Report of the Imperial Institute of Veterinary Research, Muktesar
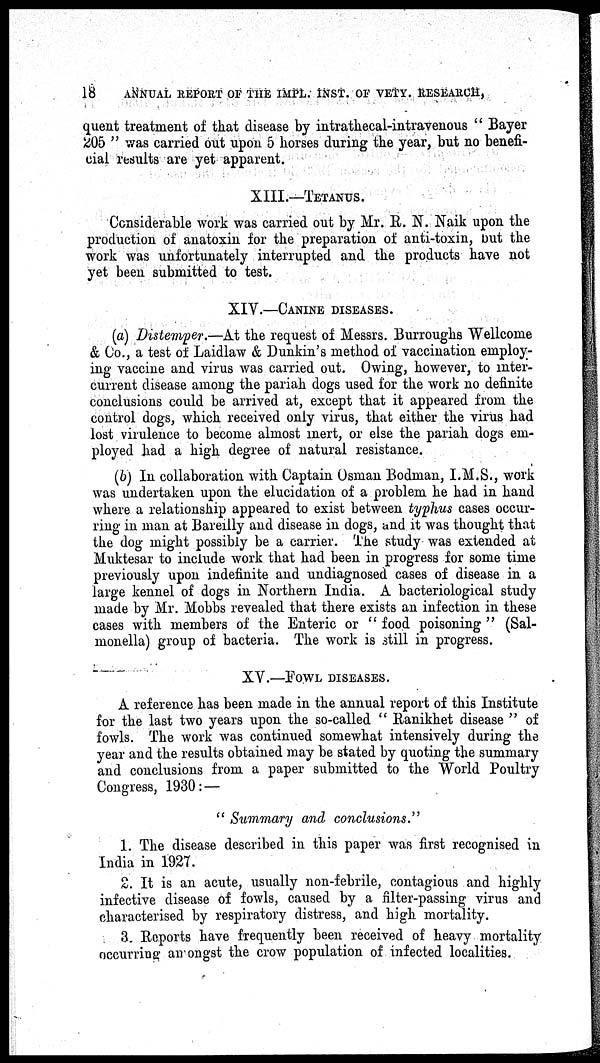
18 ANNUAL REPORT OF THE IMPL. INST. OF VETY. RESEARCH,
quent treatment of that disease by intrathecal-intravenous " Bayer
205 " was carried out upon 5 horses during the year, but no benefi-
cial results are yet apparent.
XIII.—TETANUS.
Considerable work was carried out by Mr. R. N. Naik upon the
production of anatoxin for the preparation of anti-toxin, but the
work was unfortunately interrupted and the products have not
yet been submitted to test.
XIV.—CANINE DISEASES.
(a) Distemper.—At the request of Messrs. Burroughs Wellcome
& Co., a test of Laidlaw & Dunkin's method of vaccination employ-
ing vaccine and virus was carried out. Owing, however, to inter-
current disease among the pariah dogs used for the work no definite
conclusions could be arrived at, except that it appeared from the
control dogs, which received only virus, that either the virus had
lost virulence to become almost mert, or else the pariah dogs em-
ployed had a high degree of natural resistance.
(b) In collaboration with Captain Osman Bodman, I.M.S., work
was undertaken upon the elucidation of a problem he had in hand
where a relationship appeared to exist between typhus cases occur-
ring in man at Bareilly and disease in dogs, and it was thought that
the dog might possibly be a carrier. The study was extended at
Muktesar to include work that had been in progress for some time
previously upon indefinite and undiagnosed cases of disease in a
large kennel of dogs in Northern India. A bacteriological study
made by Mr. Mobbs revealed that there exists an infection in these
cases with members of the Enteric or " food poisoning " (Sal-
monella) group of bacteria. The work is still in progress.
XV.—FOWL DISEASES.
A reference has been made in the annual report of this Institute
for the last two years upon the so-called " Ranikhet disease " of
fowls. The work was continued somewhat intensively during the
year and the results obtained may be stated by quoting the summary
and conclusions from a paper submitted to the World Poultry
Congress, 1930 :—
" Summary and conclusions."
1. The disease described in this paper was first recognised in
India in 1927.
2. It is an acute, usually non-febrile, contagious and highly
infective disease of fowls, caused by a filter-passing virus and
characterised by respiratory distress, and high mortality.
3. Reports have frequently been received of heavy mortality
occurring an ongst the crow population of infected localities.